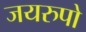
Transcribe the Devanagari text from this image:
जयरुपो